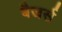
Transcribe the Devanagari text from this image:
बैजर्स